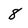
Character: 8